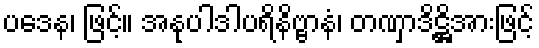
ပဒေန၊ ဖြင့်။ အနုပါဒါပရိနိဗ္ဗာနံ၊ တဏှာဒိဋ္ဌိအားဖြင့်